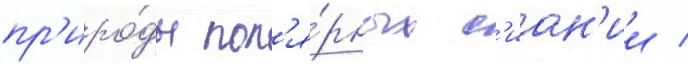
пр'иро́ды пол'я́рных с'иан'ии /